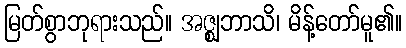
မြတ်စွာဘုရားသည်။ အဇ္ဈဘာသိ၊ မိန့်တော်မူ၏။